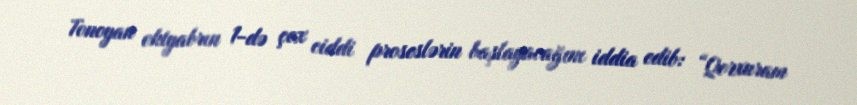
Tonoyan oktyabrın 1-də çox ciddi proseslərin başlayacağını iddia edib: “Qorxuram